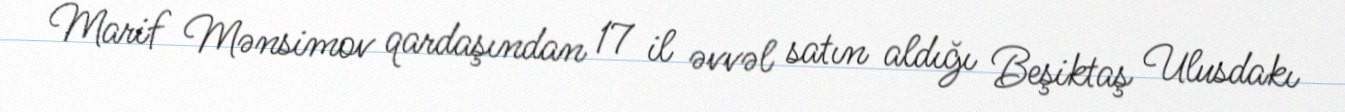
Marif Mənsimov qardaşından 17 il əvvəl satın aldığı Beşiktaş Ulusdakı